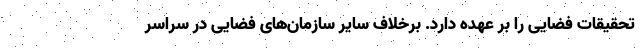
تحقیقات فضایی را بر عهده دارد. برخلاف سایر سازمان‌های فضایی در سراسر